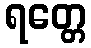
ရတ္တေ